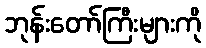
ဘုန်းတော်ကြီးများကို